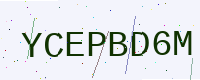
Text: YCEPBD6M